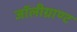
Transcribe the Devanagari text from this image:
जॉलीग्राण्ट